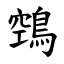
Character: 鵼